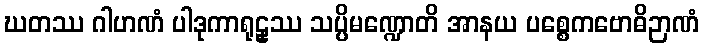
ဃတဿ ဂါဟဏံ ပါဒုကာရုဠှဿ သပ္ပိမဏ္ဍောတိ အာနယ ပစ္စေကဗောဓိဉာဏံ